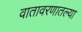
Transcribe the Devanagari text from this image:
वातावरणातल्या